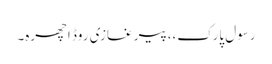
رسول پارک،،پیر غازی روڈ اچھرہ۔